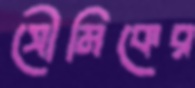
সৌমিকের